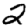
Digit: 2